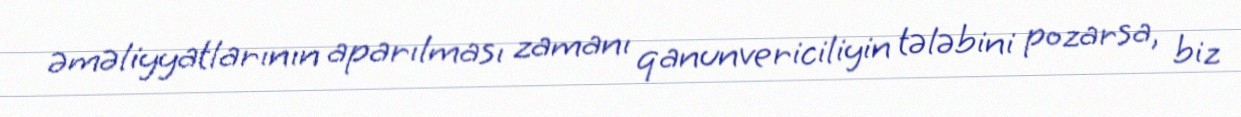
əməliyyatlarının aparılması zamanı qanunvericiliyin tələbini pozarsa, biz